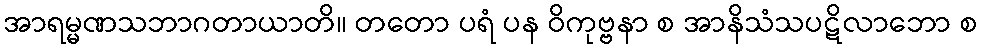
အာရမ္မဏသဘာဂတာယာတိ။ တတော ပရံ ပန ဝိကုဗ္ဗနာ စ အာနိသံသပဋိလာဘော စ